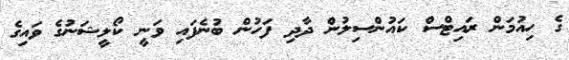
ގެ ހިއުމަން ރައިޓްސް ކައުންސިލުން ދާދި ފަހުން ބުނެފައި ވަނީ ކޯލީޝަނުގެ ވައިގެ